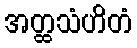
အတ္ထသံဟိတံ